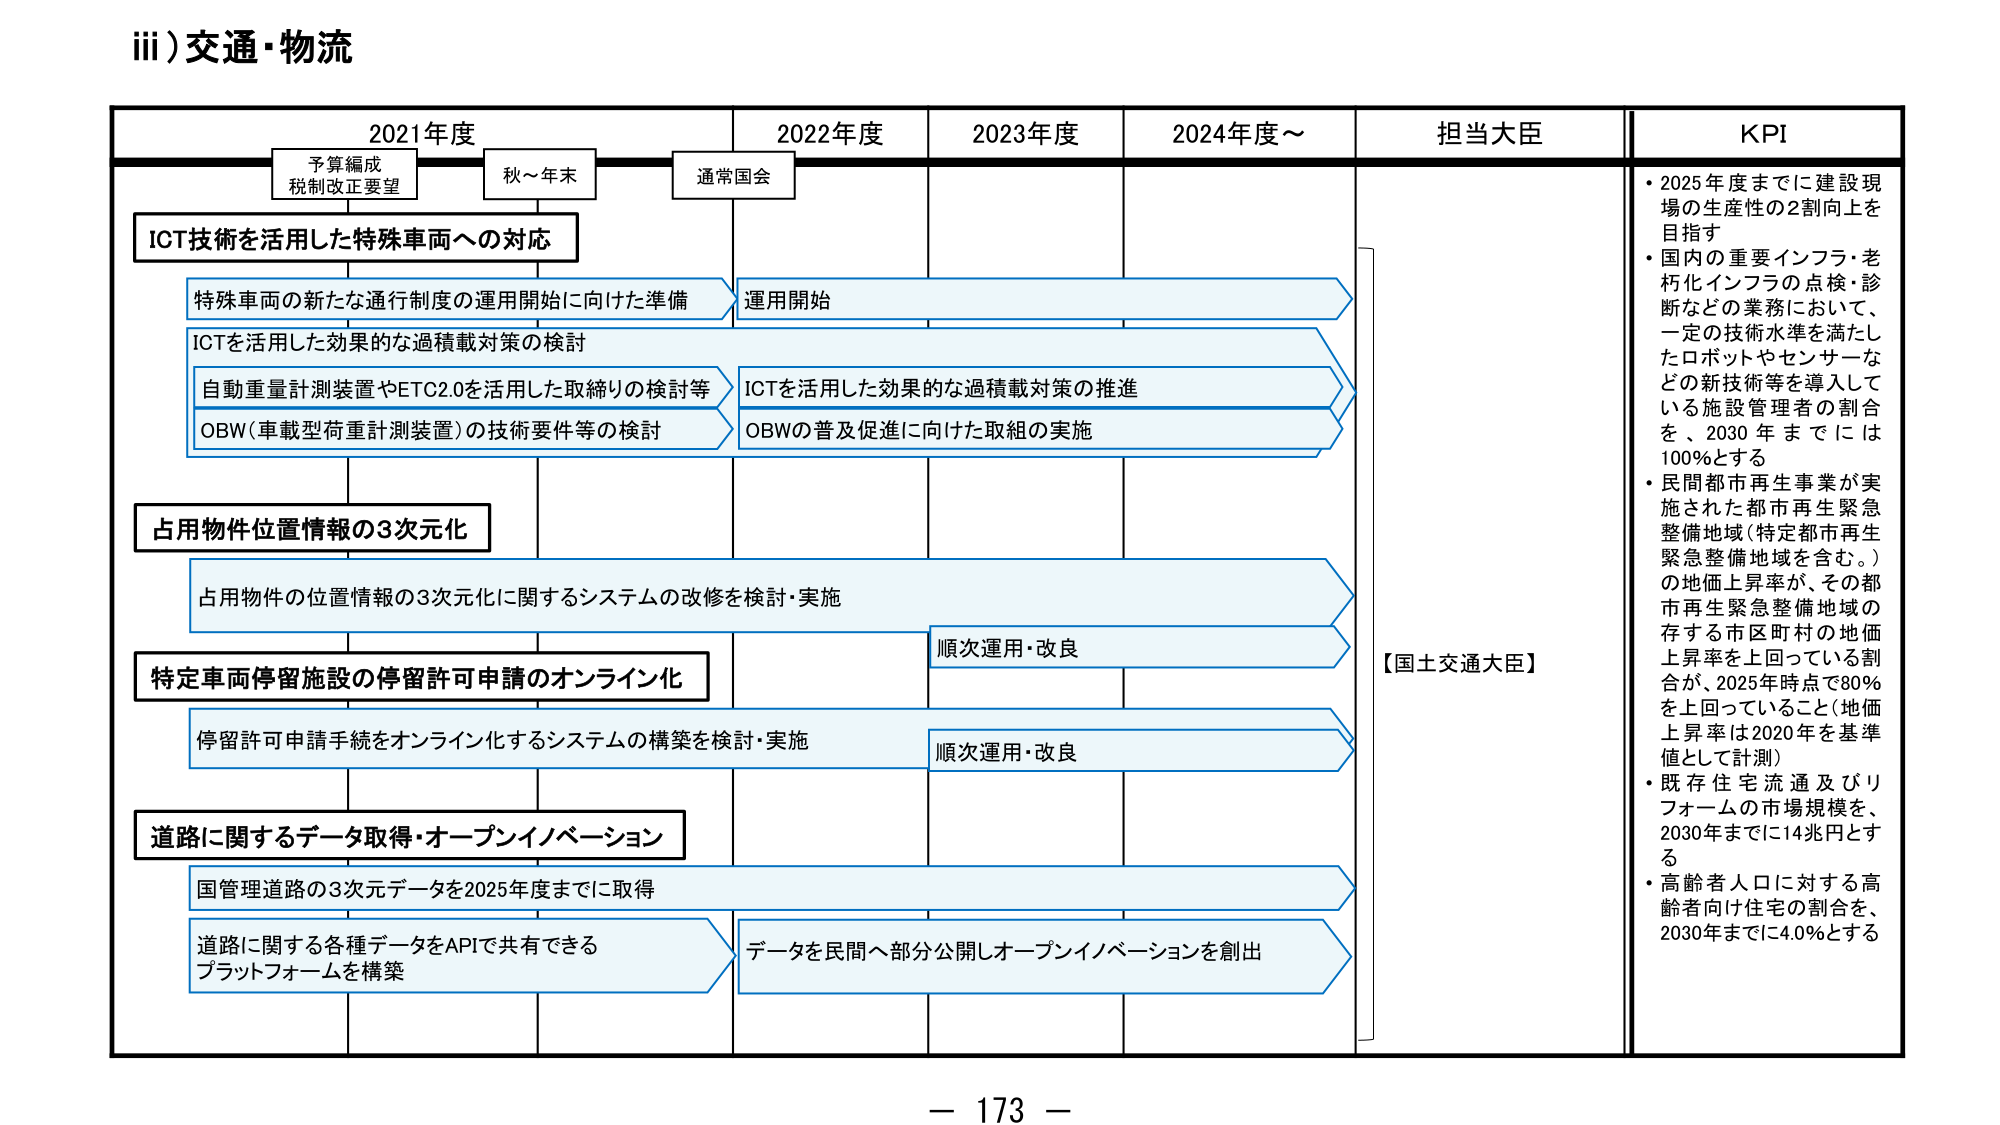
iii) 交通・物流

2021年度　　　　　　　2022年度　　　　　2023年度　　　　　2024年度～　　　担当大臣　　　　　KPI

予算編成
税制改正要望　　　　　秋～年末　　　　　通常国会

ICT技術を活用した特殊車両への対応

特殊車両の新たな通行制度の運用開始に向けた準備